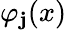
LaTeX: \varphi_{\mathbf{j}}(x)